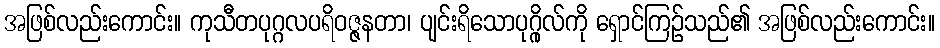
အဖြစ်လည်းကောင်း။ ကုသီတပုဂ္ဂလပရိဝဇ္ဇနတာ၊ ပျင်းရိသောပုဂ္ဂိုလ်ကို ရှောင်ကြဉ်သည်၏ အဖြစ်လည်းကောင်း။